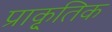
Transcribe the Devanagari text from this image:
प्राकृ्तिक